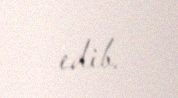
edib.